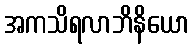
အကသိရလာဘိနိယော